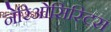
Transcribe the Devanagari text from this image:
नेरिओसिस्टिस